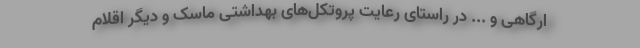
ارگاهی و ... در راستای رعایت پروتکل‌های بهداشتی ماسک و دیگر اقلام